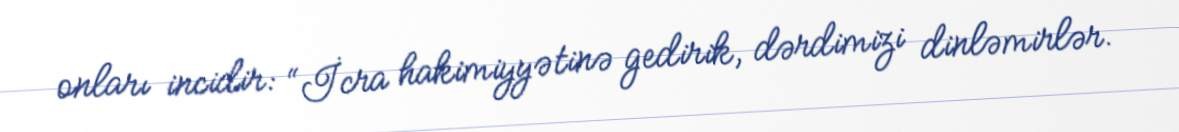
onları incidir: “İcra hakimiyyətinə gedirik, dərdimizi dinləmirlər.